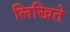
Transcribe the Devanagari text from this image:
लिखिते